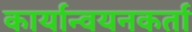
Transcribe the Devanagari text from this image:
कार्यान्वयनकर्ता